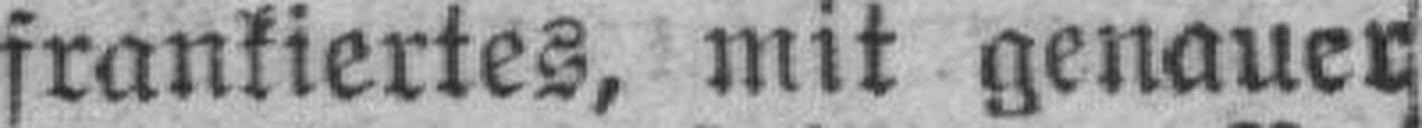
frankiertes, mit genauer